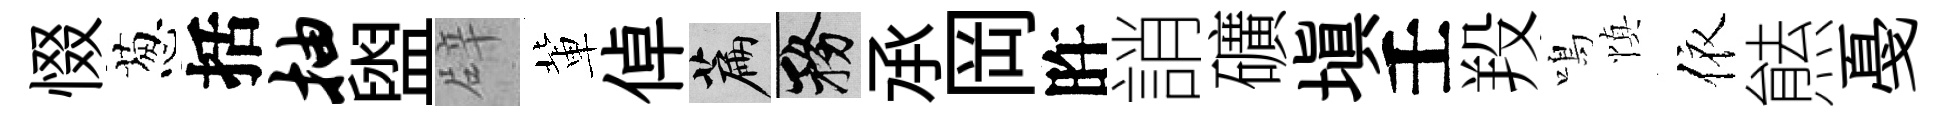
惙葱括抽盥辟軰倬篇務𠄘岡旿誚礦塡壬羖鳴慎依㷱戞